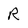
Character: R